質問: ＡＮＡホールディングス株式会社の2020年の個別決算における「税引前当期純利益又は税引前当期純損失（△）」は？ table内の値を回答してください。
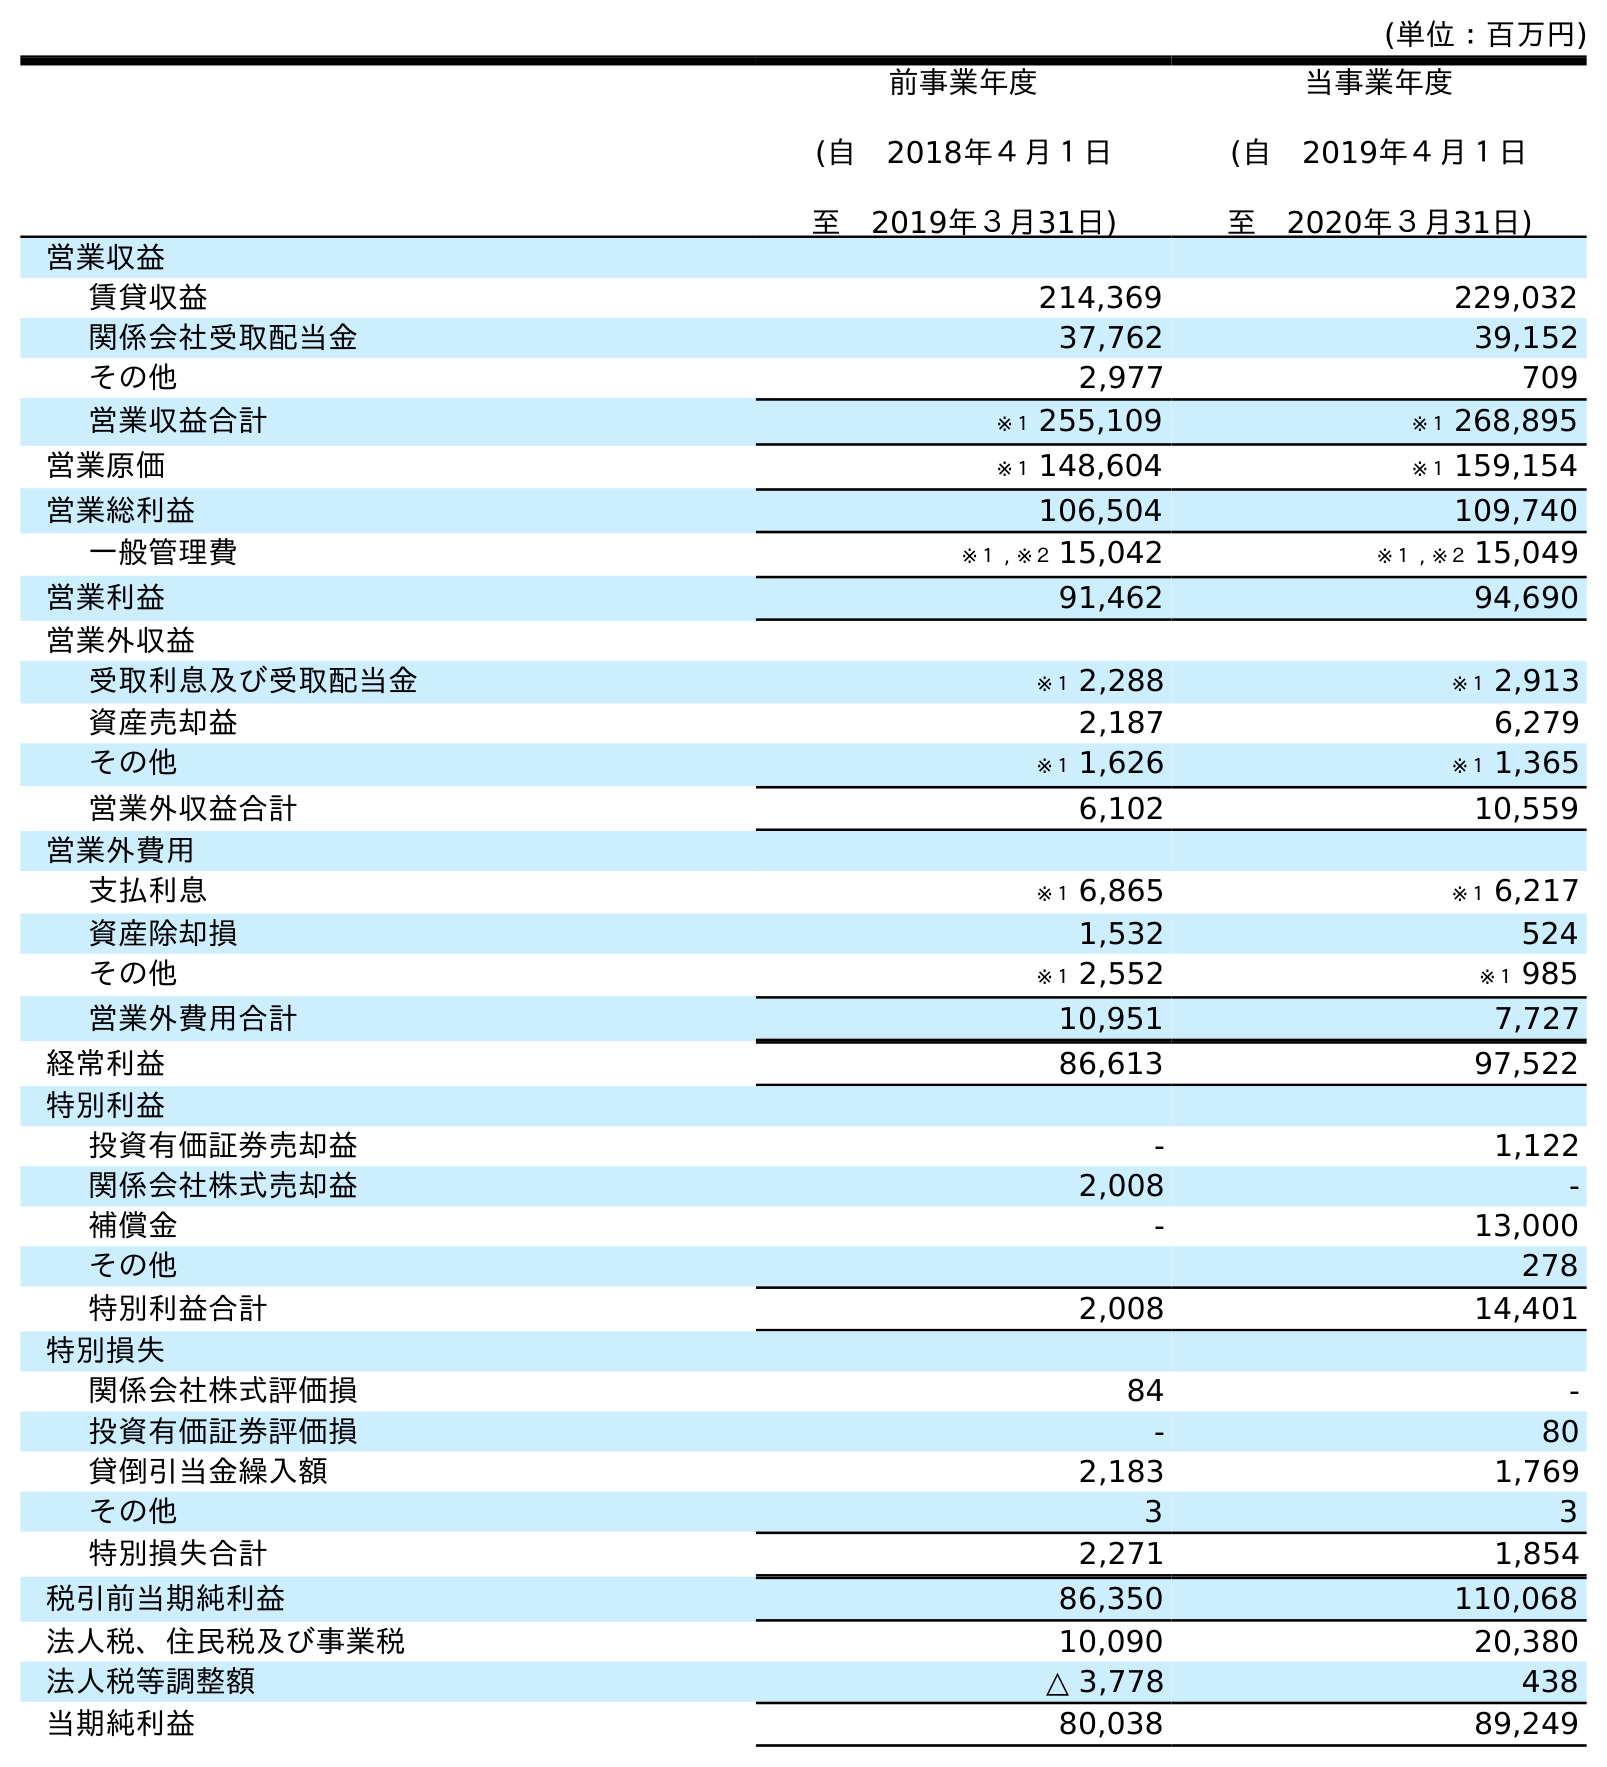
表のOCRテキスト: (単位：百万円) 前事業年度 (自 2018年４月１日 至 2019年３月31日) 当事業年度 (自 2019年４月１日 至 2020年３月31日) 営業収益 賃貸収益 214,369 229,032 関係会社受取配当金 37,762 39,152 その他 2,977 709 営業収益合計 ※１ 255,109 ※１ 268,895 営業原価 ※１ 148,604 ※１ 159,154 営業総利益 106,504 109,740 一般管理費 ※１ , ※２ 15,042 ※１ , ※２ 15,049 営業利益 91,462 94,690 営業外収益 受取利息及び受取配当金 ※１ 2,288 ※１ 2,913 資産売却益 2,187 6,279 その他 ※１ 1,626 ※１ 1,365 営業外収益合計 6,102 10,559 営業外費用 支払利息 ※１ 6,865 ※１ 6,217 資産除却損 1,532 524 その他 ※１ 2,552 ※１ 985 営業外費用合計 10,951 7,727 経常利益 86,613 97,522 特別利益 投資有価証券売却益 - 1,122 関係会社株式売却益 2,008 - 補償金 - 13,000 その他 278 特別利益合計 2,008 14,401 特別損失 関係会社株式評価損 84 - 投資有価証券評価損 - 80 貸倒引当金繰入額 2,183 1,769 その他 3 3 特別損失合計 2,271 1,854 税引前当期純利益 86,350 110,068 法人税、住民税及び事業税 10,090 20,380 法人税等調整額 △ 3,778 438 当期純利益 80,038 89,249
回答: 110,068